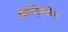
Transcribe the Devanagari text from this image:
मेथोट्रेक्सेट